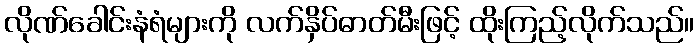
လိုဏ်ခေါင်းနံရံများကို လက်နှိပ်ဓာတ်မီးဖြင့် ထိုးကြည့်လိုက်သည်။